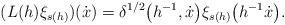
LaTeX: \begin{gather*}(L(h)\xi_{s(h)})(\dot x)=\delta^{1/2}\big(h^{-1},\dot x\big)\xi_{s(h)}\big(h^{-1}\dot x\big).\end{gather*}